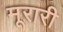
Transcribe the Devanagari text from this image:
मूरारी